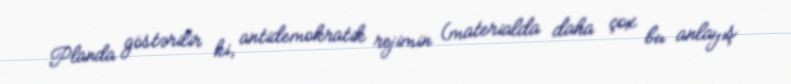
Planda göstərilir ki, antidemokratik rejimin (materialda daha çox bu anlayış